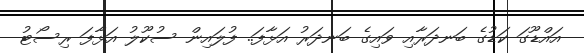
އައްޑޫގަ ކަޑުގެ ބަނދަރާއި ވައިގެ ބަނދަރު އަޅާފަ.. ފުލައިން ސުކޫލު އަޅާފަ ރިސޯޓު